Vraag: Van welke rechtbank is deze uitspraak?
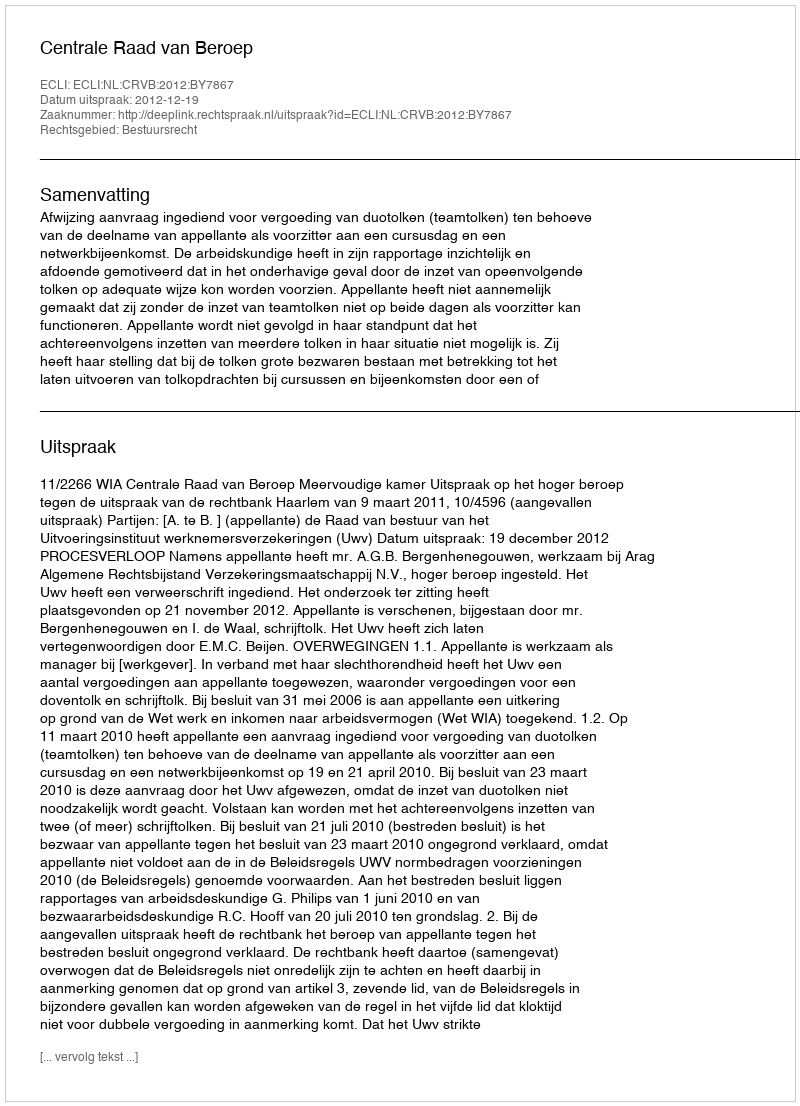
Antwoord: Centrale Raad van Beroep